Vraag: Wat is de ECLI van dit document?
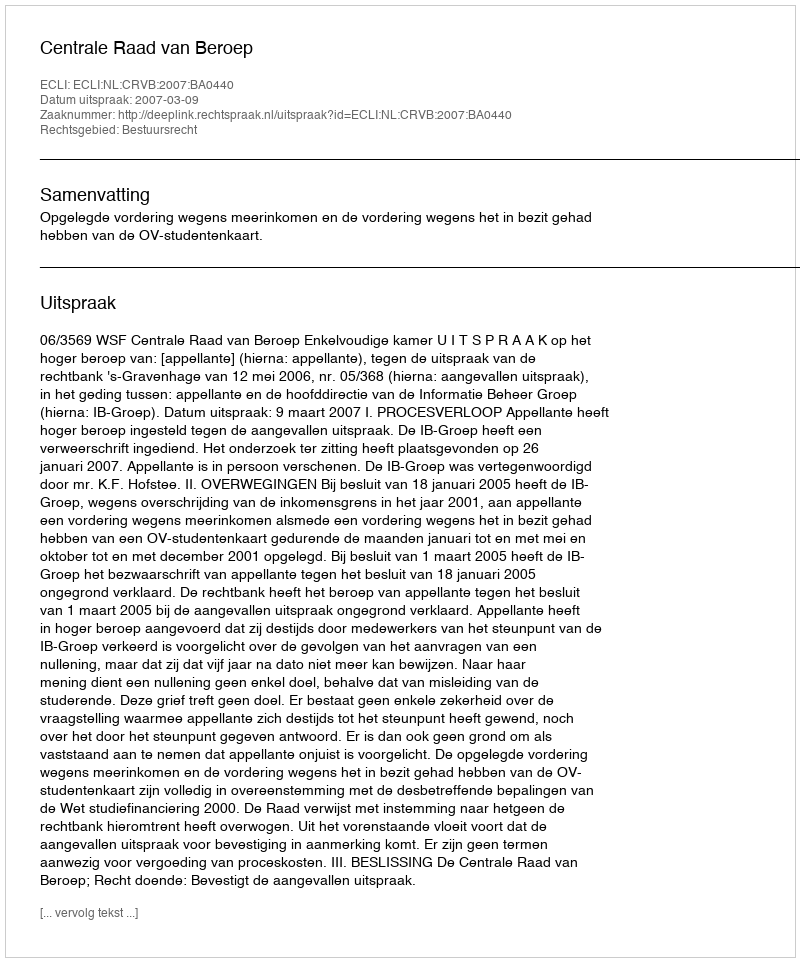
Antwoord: ECLI:NL:CRVB:2007:BA0440